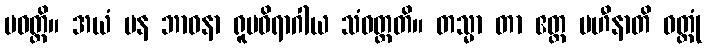
ပဝတ္တိ။ အယံ ပန ဘာဝနာ ရူပဝိရာဂါယ သံဝတ္တတိ။ တသ္မာ တာ ဧတ္ထ ပဟီနာတိ ဝတ္တုံ